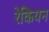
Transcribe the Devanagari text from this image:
रेकियन